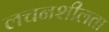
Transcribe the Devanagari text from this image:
लचनशीलता